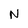
Character: N